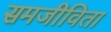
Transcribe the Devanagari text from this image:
समजीविता